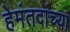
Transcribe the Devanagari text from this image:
हेमंतदांच्या